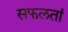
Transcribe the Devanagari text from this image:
सफलतां